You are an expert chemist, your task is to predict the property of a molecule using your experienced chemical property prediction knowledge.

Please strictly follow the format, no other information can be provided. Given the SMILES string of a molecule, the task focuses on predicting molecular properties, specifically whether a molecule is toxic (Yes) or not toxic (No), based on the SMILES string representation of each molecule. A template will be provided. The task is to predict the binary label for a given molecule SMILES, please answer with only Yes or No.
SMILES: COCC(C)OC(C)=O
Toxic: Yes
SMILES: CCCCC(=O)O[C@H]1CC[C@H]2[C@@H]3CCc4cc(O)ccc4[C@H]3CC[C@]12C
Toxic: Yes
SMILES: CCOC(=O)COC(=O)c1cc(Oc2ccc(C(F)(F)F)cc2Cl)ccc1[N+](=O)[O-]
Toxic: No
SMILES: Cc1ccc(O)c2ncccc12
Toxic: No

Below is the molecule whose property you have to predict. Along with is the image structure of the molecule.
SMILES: Cc1ccc(/C(=C\CN2CCCC2)c2ccccn2)cc1
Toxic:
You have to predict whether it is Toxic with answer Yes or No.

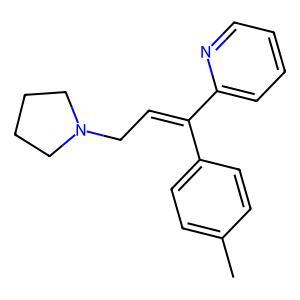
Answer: No